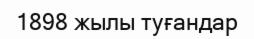
1898 жылы туғандар